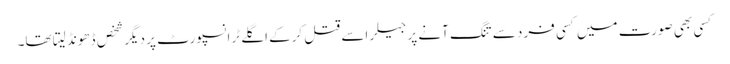
کسی بھی صورت میں کسی فرد سے تنگ آنے پر جیلر اسے قتل کرکے اگلے ٹرانسپورٹ پر دیگر شخص ڈھونڈ لیتا تھا۔